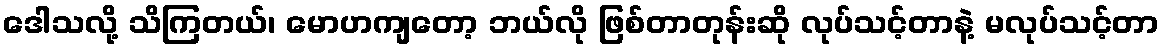
ဒေါသလို့ သိကြတယ်၊ မောဟကျတော့ ဘယ်လို ဖြစ်တာတုန်းဆို လုပ်သင့်တာနဲ့ မလုပ်သင့်တာ